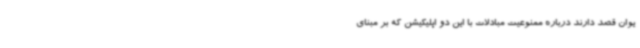
یوان قصد دارند درباره ممنوعیت مبادلات با این دو اپلیکیشن که بر مبنای